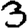
Digit: 3